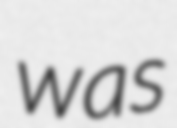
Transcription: was